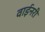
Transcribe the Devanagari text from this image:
वाईनरी